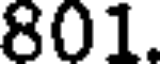
801.